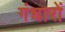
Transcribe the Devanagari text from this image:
गंधारों